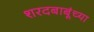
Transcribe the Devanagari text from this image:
शरदबाबूंच्या